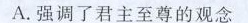
A.强调了君主至尊的观念